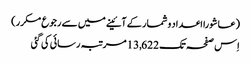
(عاشورا اعداد و شمار کے آئینے میں سے رجوع مکرر)
اِس صفحہ تک 13,622 مرتبہ رسائی کی گئی